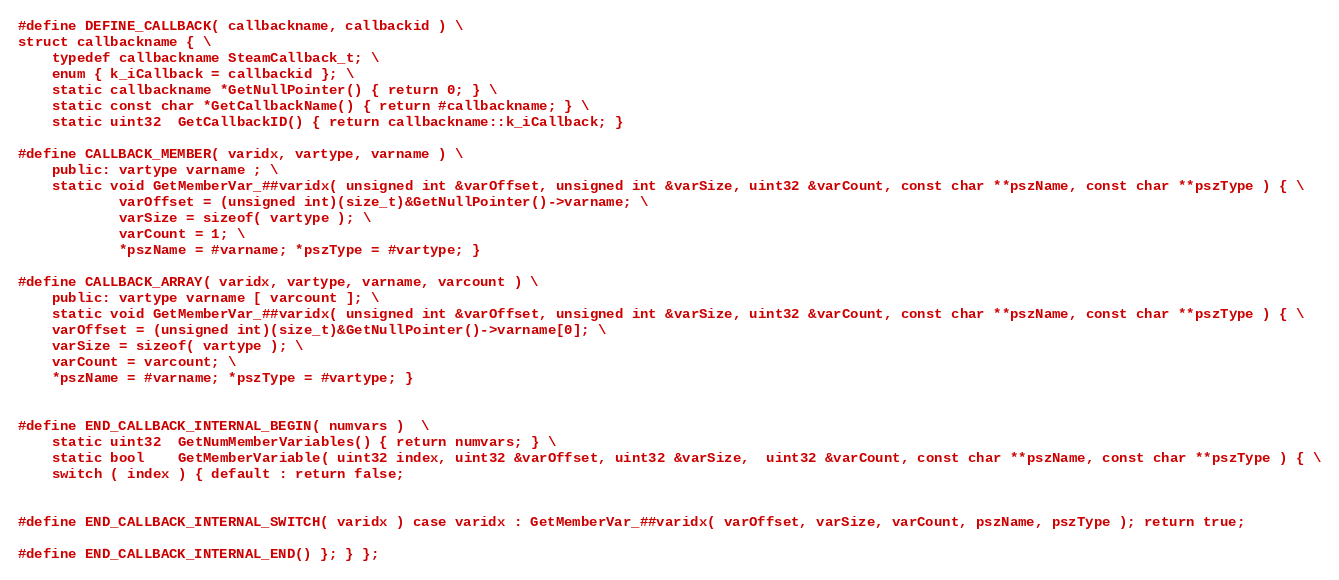
Language: C
#define DEFINE_CALLBACK( callbackname, callbackid ) \
struct callbackname { \
	typedef callbackname SteamCallback_t; \
	enum { k_iCallback = callbackid }; \
	static callbackname *GetNullPointer() { return 0; } \
	static const char *GetCallbackName() { return #callbackname; } \
	static uint32  GetCallbackID() { return callbackname::k_iCallback; }

#define CALLBACK_MEMBER( varidx, vartype, varname ) \
	public: vartype varname ; \
	static void GetMemberVar_##varidx( unsigned int &varOffset, unsigned int &varSize, uint32 &varCount, const char **pszName, const char **pszType ) { \
			varOffset = (unsigned int)(size_t)&GetNullPointer()->varname; \
			varSize = sizeof( vartype ); \
			varCount = 1; \
			*pszName = #varname; *pszType = #vartype; }

#define CALLBACK_ARRAY( varidx, vartype, varname, varcount ) \
	public: vartype varname [ varcount ]; \
	static void GetMemberVar_##varidx( unsigned int &varOffset, unsigned int &varSize, uint32 &varCount, const char **pszName, const char **pszType ) { \
	varOffset = (unsigned int)(size_t)&GetNullPointer()->varname[0]; \
	varSize = sizeof( vartype ); \
	varCount = varcount; \
	*pszName = #varname; *pszType = #vartype; }

#define END_CALLBACK_INTERNAL_BEGIN( numvars )  \
	static uint32  GetNumMemberVariables() { return numvars; } \
	static bool    GetMemberVariable( uint32 index, uint32 &varOffset, uint32 &varSize,  uint32 &varCount, const char **pszName, const char **pszType ) { \
	switch ( index ) { default : return false;

#define END_CALLBACK_INTERNAL_SWITCH( varidx ) case varidx : GetMemberVar_##varidx( varOffset, varSize, varCount, pszName, pszType ); return true;

#define END_CALLBACK_INTERNAL_END() }; } };